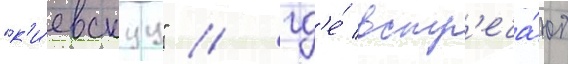
"к'и́евскуу" / гд'е́ встр'еча́ют